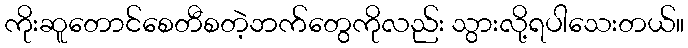
ကိုးဆူတောင်စေတီစတဲ့ဘက်တွေကိုလည်း သွားလို့ရပါသေးတယ်။